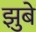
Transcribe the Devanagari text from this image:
झुबे